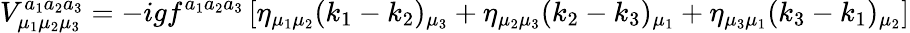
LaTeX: V_{\mu_{1}\mu_{2}\mu_{3}}^{a_{1}a_{2}a_{3}}=-igf^{a_{1}a_{2}a_{3}}\left[\eta_{\mu_{1}\mu_{2}}(k_{1}-k_{2})_{\mu_{3}}+\eta_{\mu_{2}\mu_{3}}(k_{2}-k_{3})_{\mu_{1}}+\eta_{\mu_{3}\mu_{1}}(k_{3}-k_{1})_{\mu_{2}}\right]